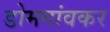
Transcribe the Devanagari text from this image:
डोमगांवकर